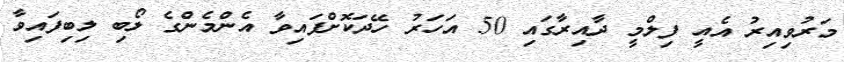
މަރުވިއިިރު އެއީ ފިލްމީ ދާއިރާގައި 50 އަހަރު ހޭދަކޮށްފައިވާ އެންމެންގެ ލޯބި ލިބިފައިވާ